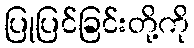
ပြုပြင်ခြင်းတို့ကို